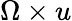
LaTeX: \Omega\times u